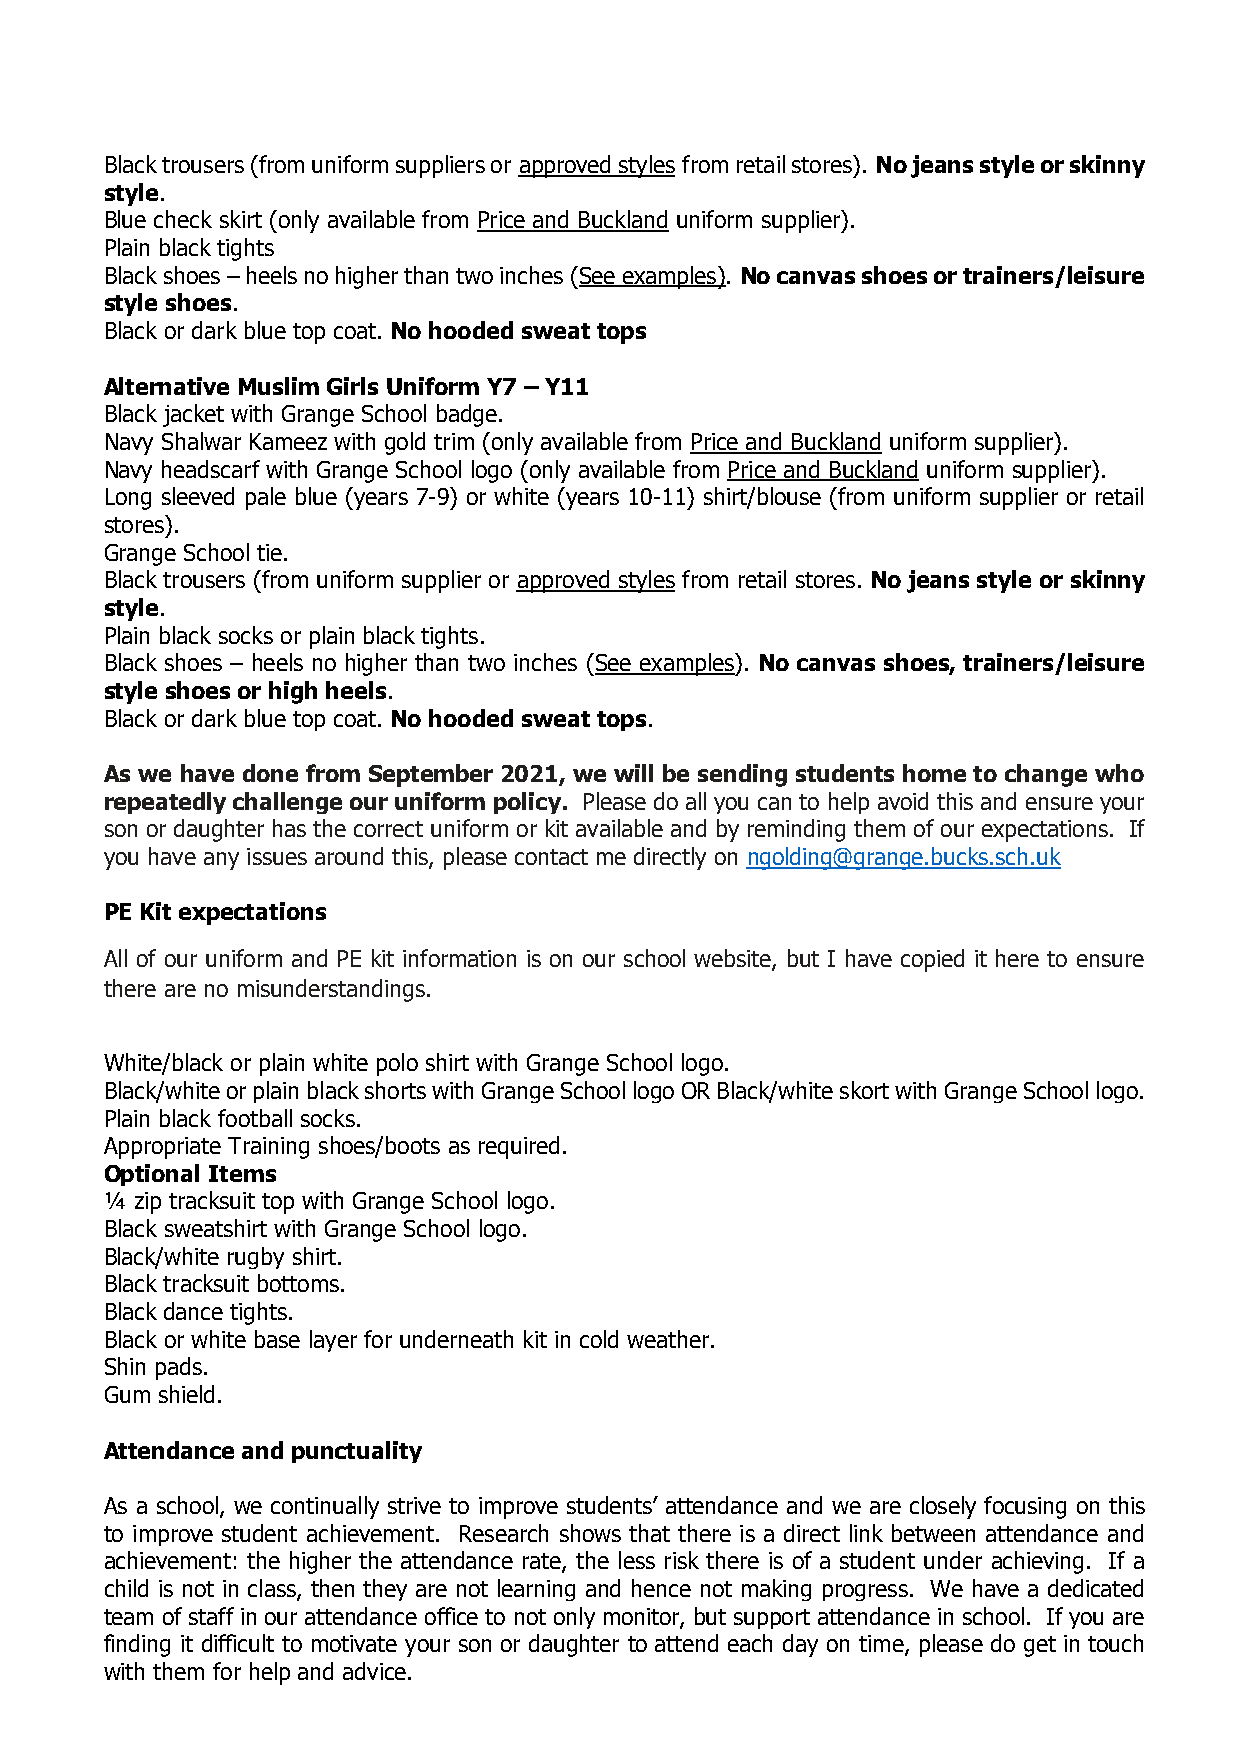
Black trousers (from uniform suppliers or approved styles from retail stores). No jeans style or skinny
 style.
 Blue check skirt (only available from Price and Buckland uniform supplier).
 Plain black tights
 Black shoes – heels no higher than two inches (See examples). No canvas shoes or trainers/leisure
 style shoes.
 Black or dark blue top coat. No hooded sweat tops
 Alternative Muslim Girls Uniform Y7 – Y11
 Black jacket with Grange School badge.
 Navy Shalwar Kameez with gold trim (only available from Price and Buckland uniform supplier).
 Navy headscarf with Grange School logo (only available from Price and Buckland uniform supplier).
 Long sleeved pale blue (years 7-9) or white (years 10-11) shirt/blouse (from uniform supplier or retail
 stores).
 Grange School tie.
 Black trousers (from uniform supplier or approved styles from retail stores. No jeans style or skinny
 style.
 Plain black socks or plain black tights.
 Black shoes – heels no higher than two inches (See examples). No canvas shoes, trainers/leisure
 style shoes or high heels.
 Black or dark blue top coat. No hooded sweat tops.
 As we have done from September 2021, we will be sending students home to change who
 repeatedly challenge our uniform policy. Please do all you can to help avoid this and ensure your
 son or daughter has the correct uniform or kit available and by reminding them of our expectations. If
 you have any issues around this, please contact me directly on ngolding@grange.bucks.sch.uk
 PE Kit expectations
 All of our uniform and PE kit information is on our school website, but I have copied it here to ensure
 there are no misunderstandings.
 White/black or plain white polo shirt with Grange School logo.
 Black/white or plain black shorts with Grange School logo OR Black/white skort with Grange School logo.
 Plain black football socks.
 Appropriate Training shoes/boots as required.
 Optional Items
 ¼ zip tracksuit top with Grange School logo.
 Black sweatshirt with Grange School logo.
 Black/white rugby shirt.
 Black tracksuit bottoms.
 Black dance tights.
 Black or white base layer for underneath kit in cold weather.
 Shin pads.
 Gum shield.
 Attendance and punctuality
 As a school, we continually strive to improve students’ attendance and we are closely focusing on this
 to improve student achievement. Research shows that there is a direct link between attendance and
 achievement: the higher the attendance rate, the less risk there is of a student under achieving. If a
 child is not in class, then they are not learning and hence not making progress. We have a dedicated
 team of staff in our attendance office to not only monitor, but support attendance in school. If you are
 finding it difficult to motivate your son or daughter to attend each day on time, please do get in touch
 with them for help and advice.